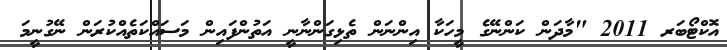
އޮކްޓޯބަރ 2011 "މާދަން ކަންނޭގެ މީހަކާ އިންނަން ތެޅިގަންނާނީ އަތުންފައިން މަސައްކަތެއްކުރަން ނޭގުނީމަ